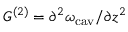
G ^ { ( 2 ) } = \partial ^ { 2 } \omega _ { \mathrm { c a v } } / \partial z ^ { 2 }